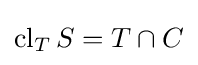
\operatorname {cl} _{T}S=T\cap C